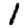
Digit: 1